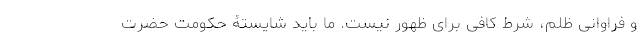
و فراوانی ظلم، شرط کافی برای ظهور نیست. ما باید شایستۀ حکومت حضرت